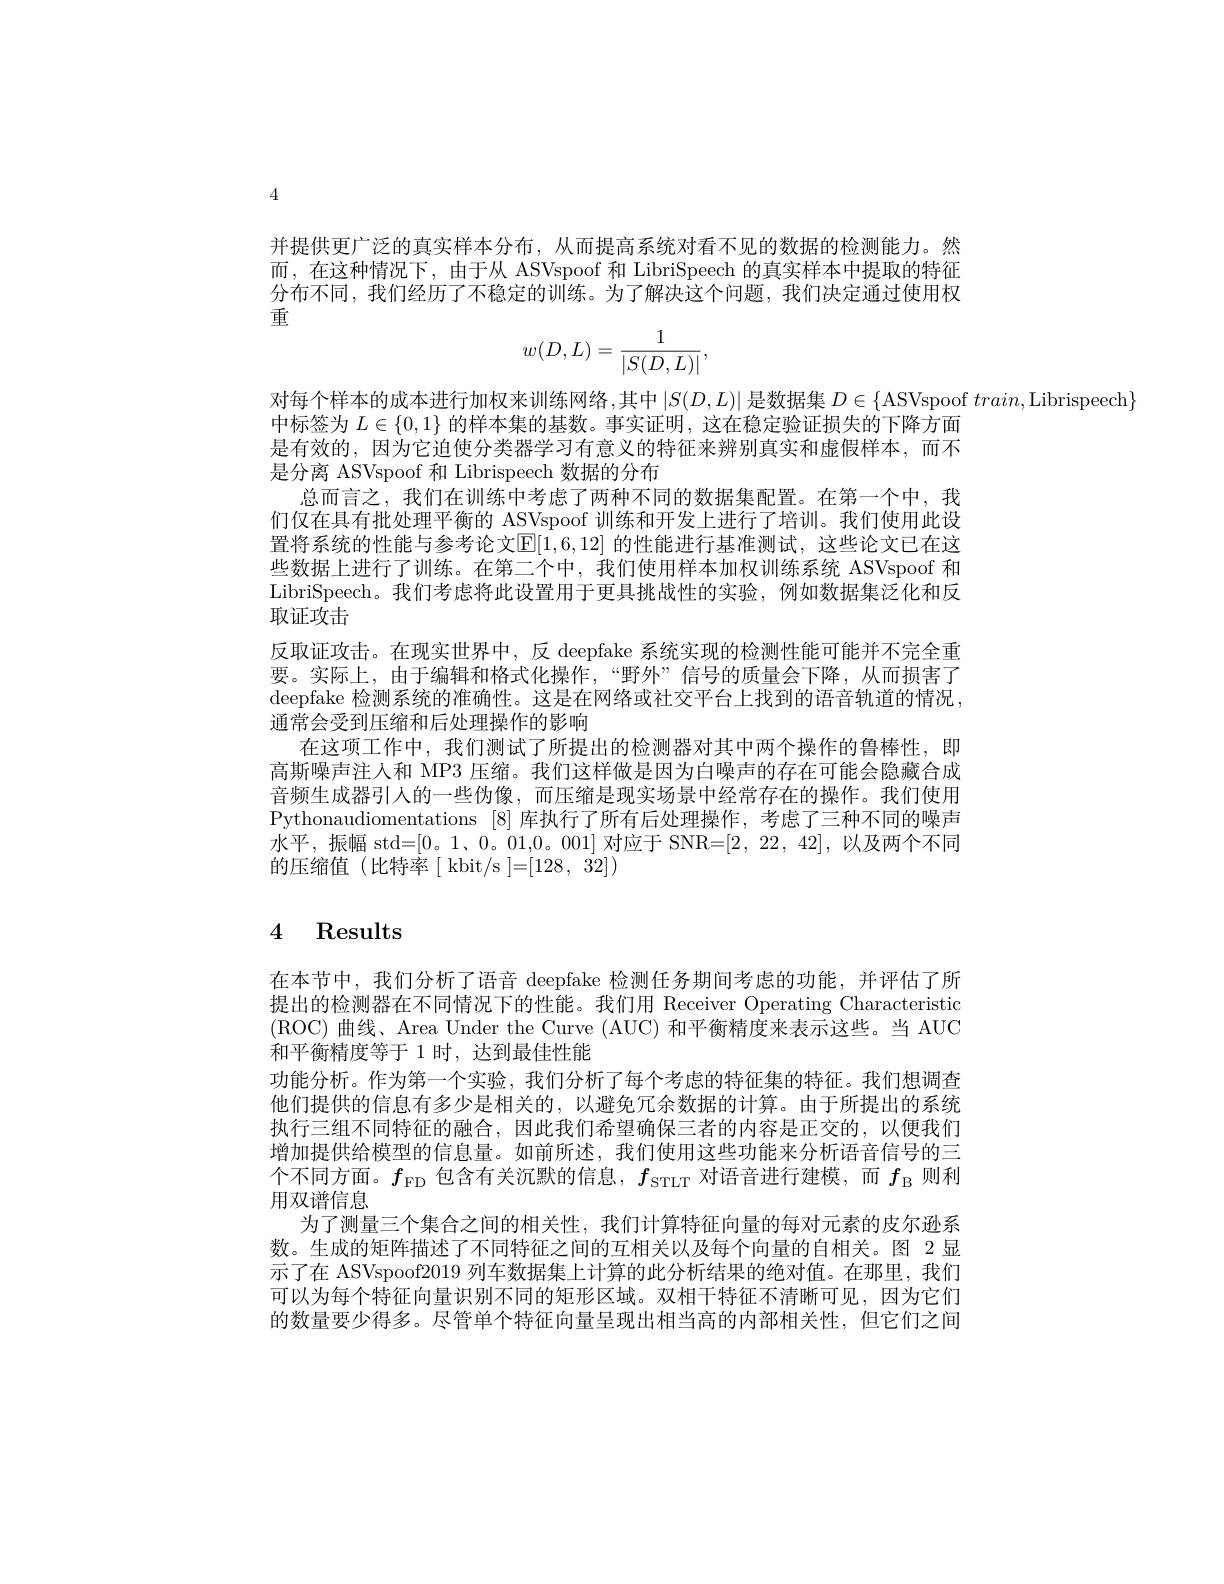
4

并提供更广泛的真实样本分布，从而提高系统对看不见的数据的检测能力。然而，在这种情况下，由于从 ASVspoof 和 LibriSpeech 的真实样本中提取的特征分布不同，我们经历了不稳定的训练。为了解决这个问题，我们决定通过使用权重
$$w(D,L)=\frac{1}{|S(D,L)|},$$
对每个样本的成本进行加权来训练网络，其中$\left|S(D,L)\right|$是数据集 $D\in\{$ASVspoof $train$,Librispeech$\}$
中标签为$L\in\{0,1\}$的样本集的基数。事实证明，这在稳定验证损失的下降方面是有效的，因为它迫使分类器学习有意义的特征来辨别真实和虚假样本，而不是分离 ASVspoof 和 Librispeech 数据的分布
总而言之，我们在训练中考虑了两种不同的数据集配置。在第一个中，我们仅在具有批处理平衡的 ASVspoof 训练和开发上进行了培训。我们使用此设置将系统的性能与参考论文$\mathbb{E}[1,6,12]$ 的性能进行基准测试，这些论文已在这些数据上进行了训练。在第二个中，我们使用样本加权训练系统 ASVspoof 和LibriSpeech。我们考虑将此设置用于更具挑战性的实验，例如数据集泛化和反取证攻击
反取证攻击。在现实世界中，反 deepfake 系统实现的检测性能可能并不完全重要。实际上，由于编辑和格式化操作，“野外”信号的质量会下降，从而损害了deepfake 检测系统的准确性。这是在网络或社交平台上找到的语音轨道的情况， 通常会受到压缩和后处理操作的影响
在这项工作中，我们测试了所提出的检测器对其中两个操作的鲁棒性，即高斯噪声注人和 MP3 压缩。我们这样做是因为白噪声的存在可能会隐藏合成音频生成器引入的一些伪像，而压缩是现实场景中经常存在的操作。我们使用Pythonaudiomentations [8]库执行了所有后处理操作，考虑了三种不同的噪声水平，振幅 std=[0。1、0。01,0。001] 对应于 SNR=[2,22,42],以及两个不同的压缩值(比特率[~kbit/s~]=[128,~32])

# 4 Results

在本节中，我们分析了语音 deepfake 检测任务期间考虑的功能，并评估了所提出的检测器在不同情况下的性能。我们用 Receiver Operating Characteristio (ROC)曲线、Area Under the Curve (AUC) 和平衡精度来表示这些。当 AUC 和平衡精度等于 1 时，达到最佳性能
功能分析。作为第一个实验，我们分析了每个考虑的特征集的特征。我们想调查他们提供的信息有多少是相关的，以避免冗余数据的计算。由于所提出的系统执行三组不同特征的融合，因此我们希望确保三者的内容是正交的，以便我们增加提供给模型的信息量。如前所述，我们使用这些功能来分析语音信号的三个不同方面。$f_\mathrm{FD}$包含有关沉默的信息，$f_\mathrm{STLT}$对语音进行建模，而$f_\mathrm{B}$则利用双谱信息
为了测量三个集合之间的相关性，我们计算特征向量的每对元素的皮尔逊系数。生成的矩阵描述了不同特征之间的互相关以及每个向量的自相关。图 2显示了在 ASVspoof2019 列车数据集上计算的此分析结果的绝对值。在那里，我们可以为每个特征向量识别不同的矩形区域。双相干特征不清晰可见，因为它们的数量要少得多。尽管单个特征向量呈现出相当高的内部相关性，但它们之间